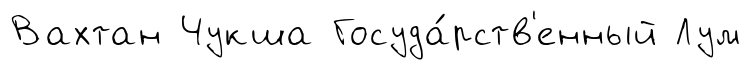
Вахтан Чукша Госуда́рств'енный Лум